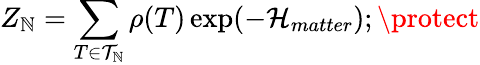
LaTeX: Z_{\mathbb{N}}=\sum_{T\in{\cal{T}}_{\mathbb{N}}}\rho(T)\exp(-{\cal{H}}_{matter});\protect